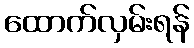
ထောက်လှမ်းရန်